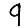
Digit: 9